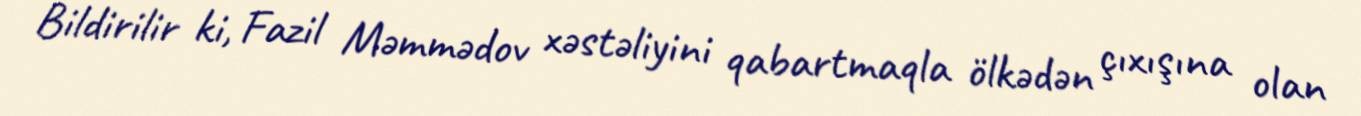
Bildirilir ki, Fazil Məmmədov xəstəliyini qabartmaqla ölkədən çıxışına olan